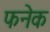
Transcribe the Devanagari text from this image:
फनेक